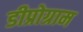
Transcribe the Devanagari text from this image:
डीप्रोग्राम